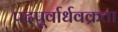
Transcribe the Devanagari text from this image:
पदपूर्वार्धवक्रता